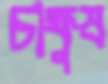
চাক্ষুষ